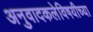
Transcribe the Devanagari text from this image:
अनुवादकलेविषयीच्या